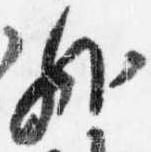
外